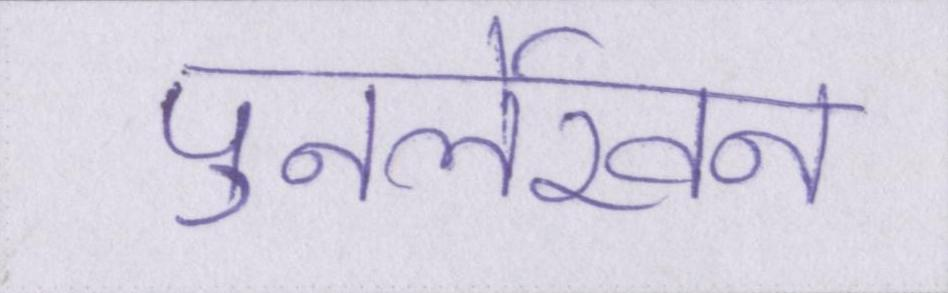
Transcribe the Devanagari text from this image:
पुनर्लेखन